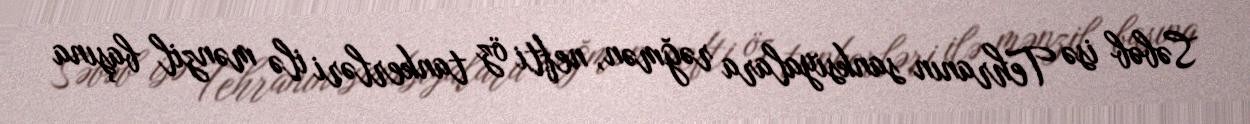
Səbəb isə Tehranın sanksiyalara rəğmən, nefti öz tankerləri ilə mənzil başına